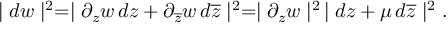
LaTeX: \mid d w \mid ^ { 2 } = \mid \partial _ { z } w \, d z + \partial _ { \overline { { { z } } } } w \, d \overline { { { z } } } \mid ^ { 2 } = \mid \partial _ { z } w \mid ^ { 2 } \, \mid d z + \mu \, d \overline { { { z } } } \mid ^ { 2 } .